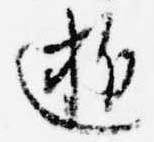
逝